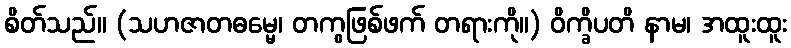
စိတ်သည်။ (သဟဇာတဓမ္မေ၊ တကွဖြစ်ဖက် တရားကို။) ဝိက္ခိပတိ နာမ၊ အထူးထူး